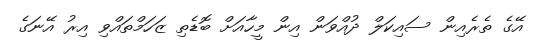
އޭގެ ތެރެއިން ސައިކަލް ދުއްވަން އިން މީހާއަށް ބޮޑެތި ޒަހަމްތައްވި އިރު އޭނަގެ